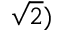
{ \sqrt { 2 } } )